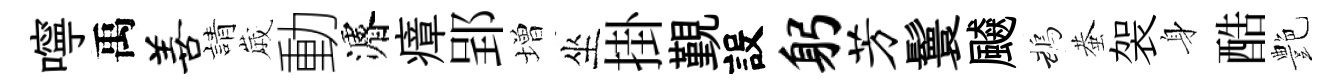
嚀禹善請𡻕動濬瘴郢増坐掛覲設躬芳鬟飇鵡蛬袈身酷艶